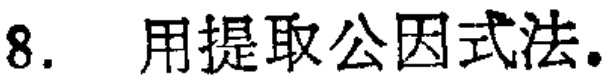
8. 用提取公因式法.